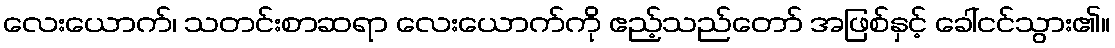
လေးယောက်၊ သတင်းစာဆရာ လေးယောက်ကို ဧည့်သည်တော် အဖြစ်နှင့် ခေါ်ငင်သွား၏။